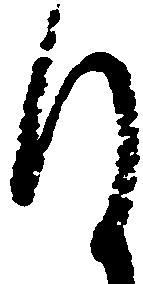
謹